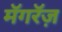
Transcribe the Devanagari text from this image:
मॅगरॅज़